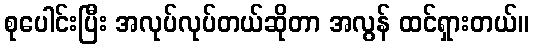
စုပေါင်းပြီး အလုပ်လုပ်တယ်ဆိုတာ အလွန် ထင်ရှားတယ်။